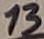
Text: 13